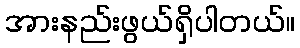
အားနည်းဖွယ်ရှိပါတယ်။